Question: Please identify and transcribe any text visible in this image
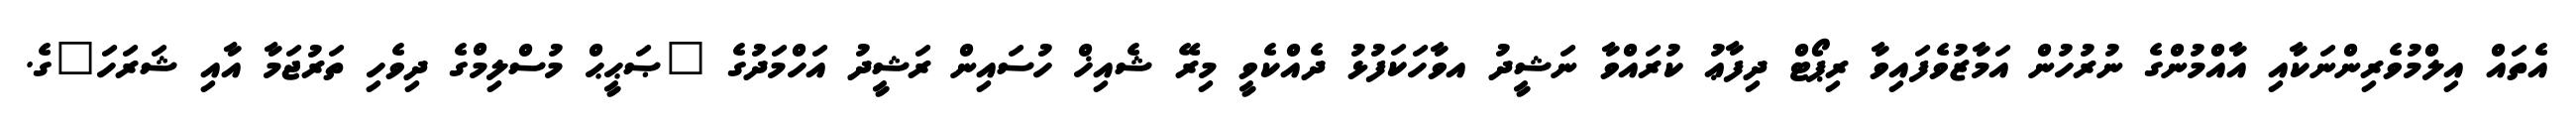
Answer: އެތައް އިލްމުވެރިންނަކާއި އާއްމުންގެ ނުރުހުން އަމާޒުވެފައިވާ ރިޕޯޓް ދިފާޢު ކުރައްވާ ނަޝީދު އވާހަކަފުޅު ދެއްކެވީ މިރޭ ޝެއިޚް ހުސައިން ރަޝީދު އަހްމަދުގެ "ޞަޙީޙް މުސްލިމްގެ ދިވެހި ތަރުޖަމާ އާއި ޝަރަހަ"ގެ.